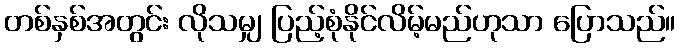
တစ်နှစ်အတွင်း လိုသမျှ ပြည့်စုံနိုင်လိမ့်မည်ဟုသာ ပြောသည်။